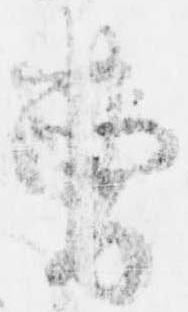
曹